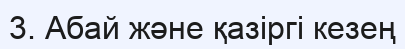
3. Абай және қазіргі кезең